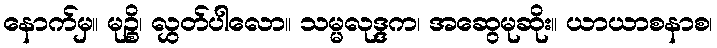
နောက်မှ။ မုဉ္စိ၊ လွှတ်ပါလော။ သမ္မလုဒ္ဒက၊ အဆွေမုဆိုး။ ယာယာစနာစ၊